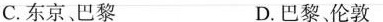
C.东京、巴黎 D.巴黎、伦敦